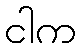
ငါက